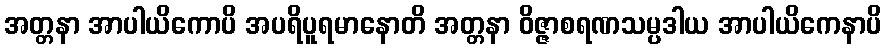
အတ္တနာ အာပါယိကောပိ အပရိပူရမာနောတိ အတ္တနာ ဝိဇ္ဇာစရဏသမ္ပဒါယ အာပါယိကေနာပိ